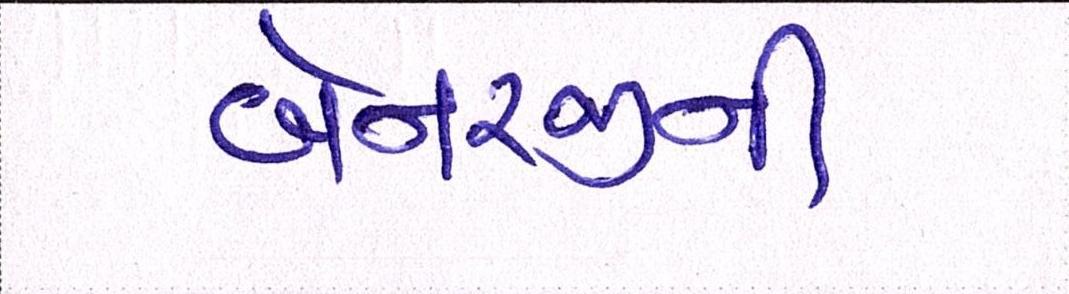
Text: બેનરજીની